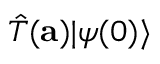
{ \hat { T } } ( \mathbf { a } ) | \psi ( 0 ) \rangle